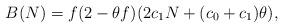
LaTeX: \begin{align*} B(N)=f(2-\theta f)(2c_1N+(c_0+c_1)\theta),\end{align*}